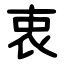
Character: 衷